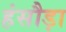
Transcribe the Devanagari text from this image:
हंसौड़ा